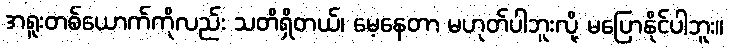
အရူးတစ်ယောက်ကိုလည်း သတိရှိတယ်၊ မေ့နေတာ မဟုတ်ပါဘူးလို့ မပြောနိုင်ပါဘူး။